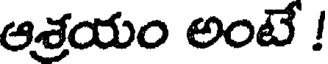
ఆశ్రయం అంటే !